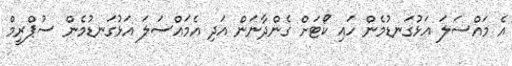
އެ މައްސަލަ އަޅުގަނޑުމެން ހައި ކޯޓަށް ގެންދާނަން އަދި އެމައްސަލަ އަޅުގަނޑުމެން ސުޕްރީމް